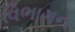
વિભાગન